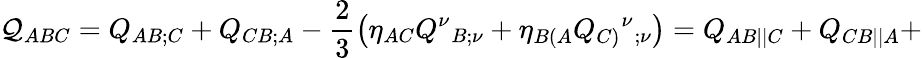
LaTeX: {\cal Q}_{ABC}=Q_{AB;C}+Q_{CB;A}-\frac 23\left(\eta_{AC}Q^{\nu}{_{B;\nu}}+\eta_{B(A}Q_{C)}{^\nu}{_{;\nu}}\right)={Q}_{AB||C}+{Q}_{CB||A}+